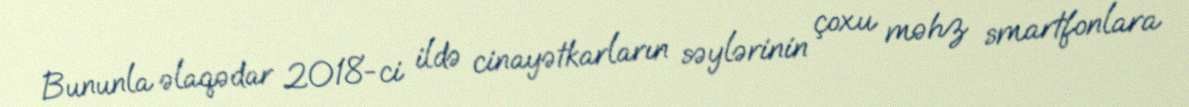
Bununla əlaqədar 2018-ci ildə cinayətkarların səylərinin çoxu məhz smartfonlara